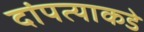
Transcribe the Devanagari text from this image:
दांपत्याकडे